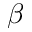
\beta